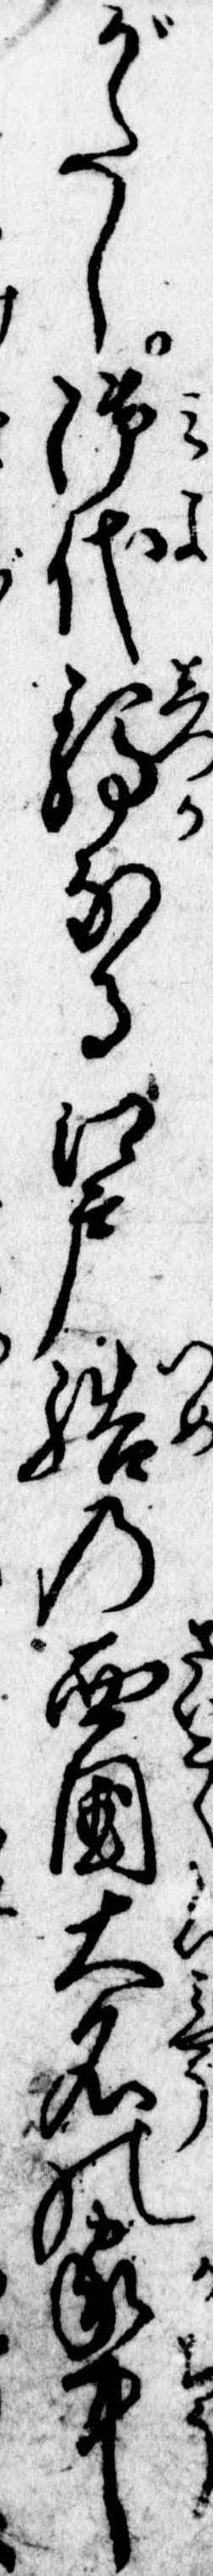
がたし御代静なる江戸詰の西国大名の家中